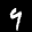
Label: 9